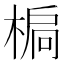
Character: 𣕄